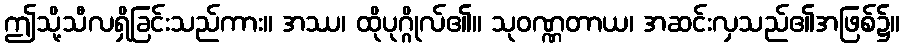
ဤသို့သီလရှိခြင်းသည်ကား။ အဿ၊ ထိုပုဂ္ဂိုလ်၏။ သုဝဏ္ဏတာယ၊ အဆင်းလှသည်၏အဖြစ်၌။